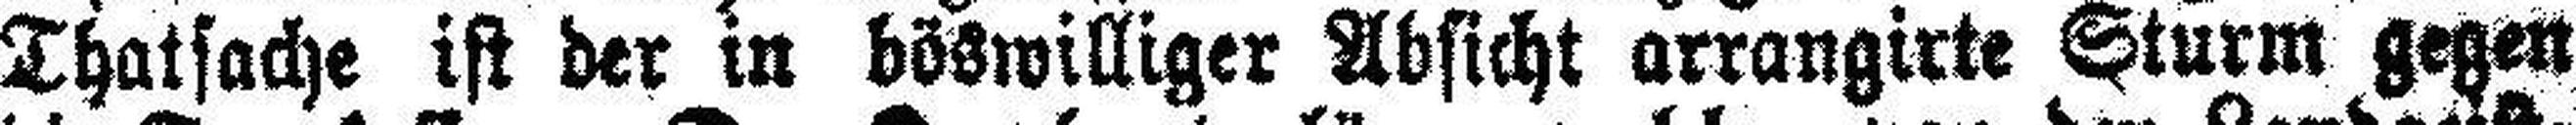
Thatsache ist der in böswilliger Absicht arrangirte Sturm gegen